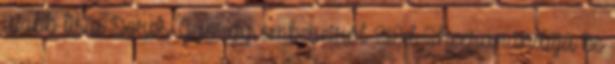
újabb lista Soros György embereiről 811Ed Sheeran indítja be